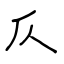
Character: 仄